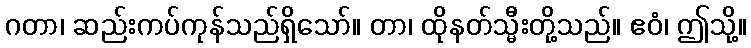
ဂတာ၊ ဆည်းကပ်ကုန်သည်ရှိသော်။ တာ၊ ထိုနတ်သ္မီးတို့သည်။ ဧဝံ၊ ဤသို့။